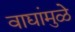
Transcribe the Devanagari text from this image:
वाद्यांमुळे